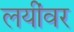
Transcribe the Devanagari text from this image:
लयींवर